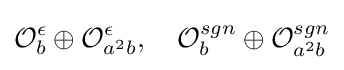
{\mathcal {O}}_{b}^{\epsilon }\oplus {\mathcal {O}}_{a^{2}b}^{\epsilon },\quad {\mathcal {O}}_{b}^{sgn}\oplus {\mathcal {O}}_{a^{2}b}^{sgn}